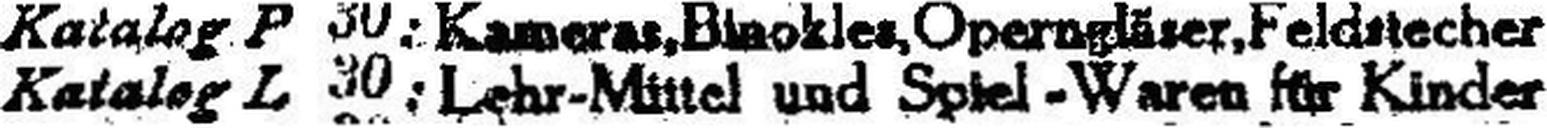
Katalog L 30: Lehr-Mittel und Spiel-Waren für Kinder